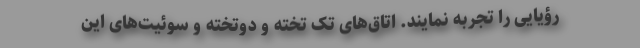
رؤیایی را تجربه نمایند. اتاق‌های تک تخته و دوتخته و سوئیت‌های این